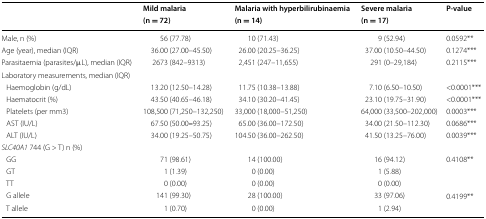
| <ROWSPAN=2>  | Mild malaria | Malaria with hyperbilirubinaemia | Severe malaria | <ROWSPAN=2> P-value |
 | (n = 72) | (n = 14) | (n = 17) |
 | --- | --- | --- | --- | --- |
 | Male, n (%) | 56 (77.78) | 10 (71.43) | 9 (52.94) | 0.0592** |
 | Age (year), median (IQR) | 36.00 (27.00–45.50) | 26.00 (20.25–36.25) | 37.00 (10.50–44.50) | 0.1274*** |
 | Parasitaemia (parasites/μL), median (IQR) | 2673 (842–9313) | 2,451 (247–11,655) | 291 (0–29,184) | 0.2115*** |
 | <COLSPAN=5> Laboratory measurements, median (IQR) |
 | Haemoglobin (g/dL) | 13.20 (12.50–14.28) | 11.75 (10.38–13.88) | 7.10 (6.50–10.50) | <0.0001*** |
 | Haematocrit (%) | 43.50 (40.65–46.18) | 34.10 (30.20–41.45) | 23.10 (19.75–31.90) | <0.0001*** |
 | Platelets (per mm3) | 108,500 (71,250–132,250) | 33,000 (18,000–51,250) | 64,000 (33,500–202,000) | 0.0003*** |
 | AST (IU/L) | 67.50 (50.00–93.25) | 65.00 (36.00–172.50) | 34.00 (21.50–112.30) | 0.0686*** |
 | ALT (IU/L) | 34.00 (19.25–50.75) | 104.50 (36.00–262.50) | 41.50 (13.25–76.00) | 0.0039*** |
 | <COLSPAN=5> SLC40A1 744 (G > T) n (%) |
 | GG | 71 (98.61) | 14 (100.00) | 16 (94.12) | <ROWSPAN=3> 0.4108** |
 | GT | 1 (1.39) | 0 (0.00) | 1 (5.88) |
 | TT | 0 (0.00) | 0 (0.00) | 0 (0.00) |
 | G allele | 141 (99.30) | 28 (100.00) | 33 (97.06) | <ROWSPAN=2> 0.4199** |
 | T allele | 1 (0.70) | 0 (0.00) | 1 (2.94) |